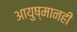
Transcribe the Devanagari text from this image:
आयुष्मानही